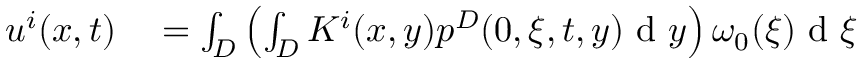
\begin{array} { r l } { u ^ { i } ( x , t ) } & { { } = \int _ { D } \left( \int _ { D } K ^ { i } ( x , y ) p ^ { D } ( 0 , \xi , t , y ) \textrm { d } y \right) \omega _ { 0 } ( \xi ) \textrm { d } \xi } \end{array}